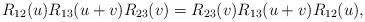
LaTeX: \begin{align*}R_{12}(u) R_{13}(u+v) R_{23}(v) = R_{23}(v) R_{13}(u+v) R_{12}(u),\end{align*}